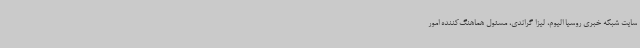
سایت شبکه خبری روسیا الیوم، لیزا گراندی، مسئول هماهنگ‌کننده امور